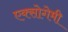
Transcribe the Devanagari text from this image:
एक्सोगेमी